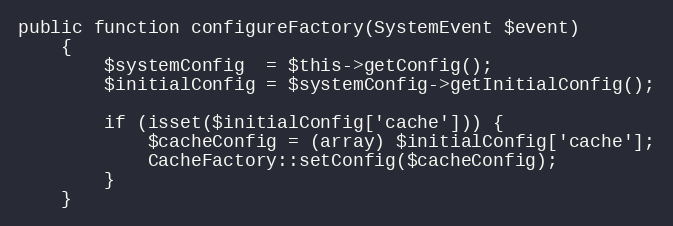
Language: PHP
public function configureFactory(SystemEvent $event)
    {
        $systemConfig  = $this->getConfig();
        $initialConfig = $systemConfig->getInitialConfig();

        if (isset($initialConfig['cache'])) {
            $cacheConfig = (array) $initialConfig['cache'];
            CacheFactory::setConfig($cacheConfig);
        }
    }